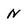
Character: N